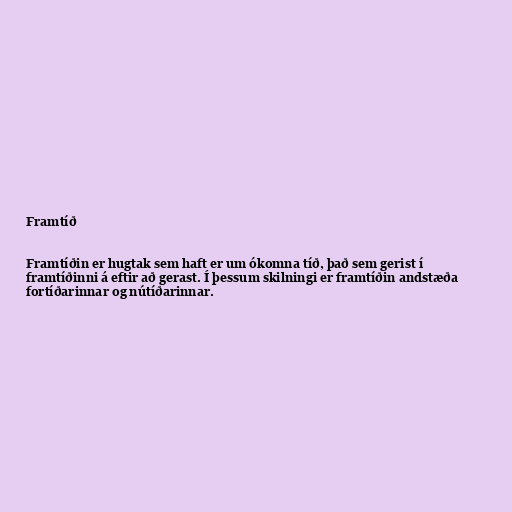
Framtíð

Framtíðin er hugtak sem haft er um ókomna tíð, það sem gerist í
framtíðinni á eftir að gerast. Í þessum skilningi er framtíðin andstæða
fortíðarinnar og nútíðarinnar.